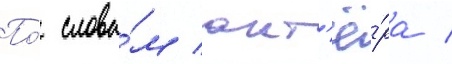
По́ слова́м акт'ё́ра /